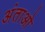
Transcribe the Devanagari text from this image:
अंताओ